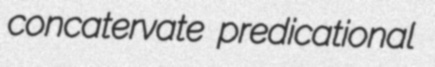
concatervate predicational